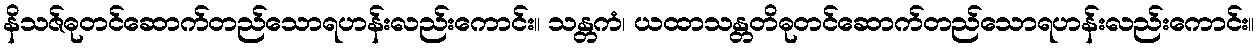
နိသဇ်ဓုတင်ဆောက်တည်သောရဟန်းလည်းကောင်း။ သန္တကံ၊ ယထာသန္တတိဓုတင်ဆောက်တည်သောရဟန်းလည်းကောင်း။